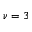
\nu = 3